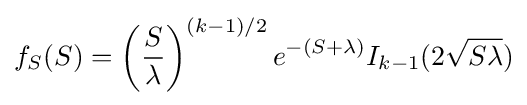
f_{S}(S)=\left({\frac {S}{\lambda }}\right)^{(k-1)/2}e^{-(S+\lambda )}I_{k-1}(2{\sqrt {S\lambda }})